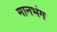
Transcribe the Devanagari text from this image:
मानभंग